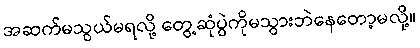
အဆက်မသွယ်မရလို့ တွေ့ဆုံပွဲကိုမသွားဘဲနေတော့မလို့။